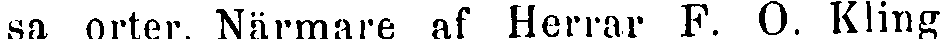
sa orter. Närmare af Herrar F. O. Kling-